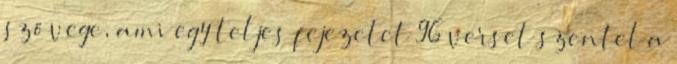
szövege, ami egy teljes fejezetet 96 verset szentel a